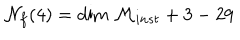
LaTeX: { \cal N } _ { f } ( 4 ) = \mathrm { d i m } \ { \cal M } _ { i n s t } + 3 - 2 9